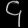
Digit: ၄